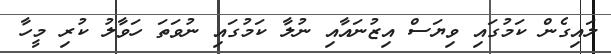
ލައިގެން ކަމުގައި ވިޔަސް އިޒުނައާއި ނުލާ ކަމުގައި ނުވަތަ ހަވާލު ކުރި މީހާ